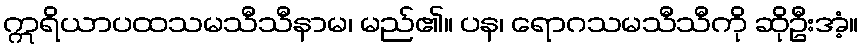
ဣရိယာပထသမသီသီနာမ၊ မည်၏။ ပန၊ ရောဂသမသီသီကို ဆိုဦးအံ့။